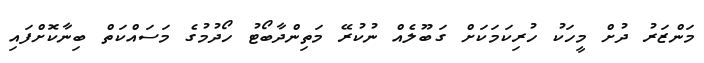
މަންޒަރު ދުށް މީހަކު ހުރިކަމަކަށް ގަބޫލެއް ނުކުރޭ މަތިންދާބޯޓު ހޯދުމުގެ މަސައްކަތް ބިނާކޮށްފައި